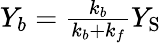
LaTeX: \begin{array}{r}{Y_{b}=\frac{k_{b}}{k_{b}+k_{f}}Y_{\mathrm{S}}}\end{array}